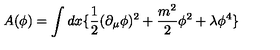
A ( \phi ) = \int d x \{ \frac { 1 } { 2 } ( \partial _ { \mu } \phi ) ^ { 2 } + \frac { m ^ { 2 } } { 2 } \phi ^ { 2 } + \lambda \phi ^ { 4 } \}